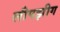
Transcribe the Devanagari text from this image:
लीपझीग